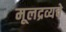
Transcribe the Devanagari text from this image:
मूलद्रव्यचे